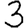
Digit: 3